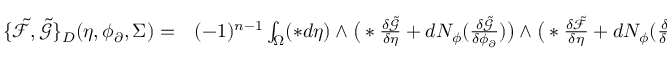
\begin{array} { r l } { \{ \tilde { \mathcal { F } } , \tilde { \mathcal { G } } \} _ { D } ( \eta , \phi _ { \partial } , \Sigma ) = } & { { } ( - 1 ) ^ { n - 1 } \int _ { \Omega } ( \ast d \eta ) \wedge \big ( \ast \frac { \delta \tilde { \mathcal { G } } } { \delta \eta } + d N _ { \phi } ( \frac { \delta \tilde { \mathcal { G } } } { \delta \phi _ { \partial } } ) \big ) \wedge \big ( \ast \frac { \delta \tilde { \mathcal { F } } } { \delta \eta } + d N _ { \phi } ( \frac { \delta \tilde { \mathcal { F } } } { \delta \phi _ { \partial } } ) \big ) } \end{array}